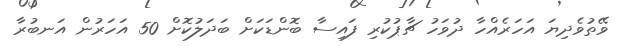
ވޭތުވެދިޔަ އަހަރެއްހާ ދުވަހު ޗާޕުކުރި ފައިސާ ބޮންޑަކަށް ބަދަލުކޮށް 50 އަހަރުން އަނބުރާ